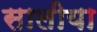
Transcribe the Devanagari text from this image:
सालीया